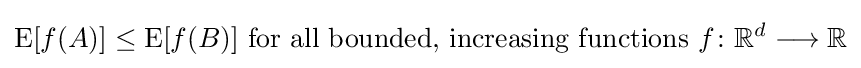
\operatorname {E} [f(A)]\leq \operatorname {E} [f(B)]{\text{ for all bounded, increasing functions }}f\colon \mathbb {R} ^{d}\longrightarrow \mathbb {R}